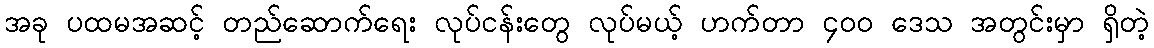
အခု ပထမအဆင့် တည်ဆောက်ရေး လုပ်ငန်းတွေ လုပ်မယ့် ဟက်တာ ၄၀၀ ဒေသ အတွင်းမှာ ရှိတဲ့